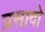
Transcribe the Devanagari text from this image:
प्रसादो